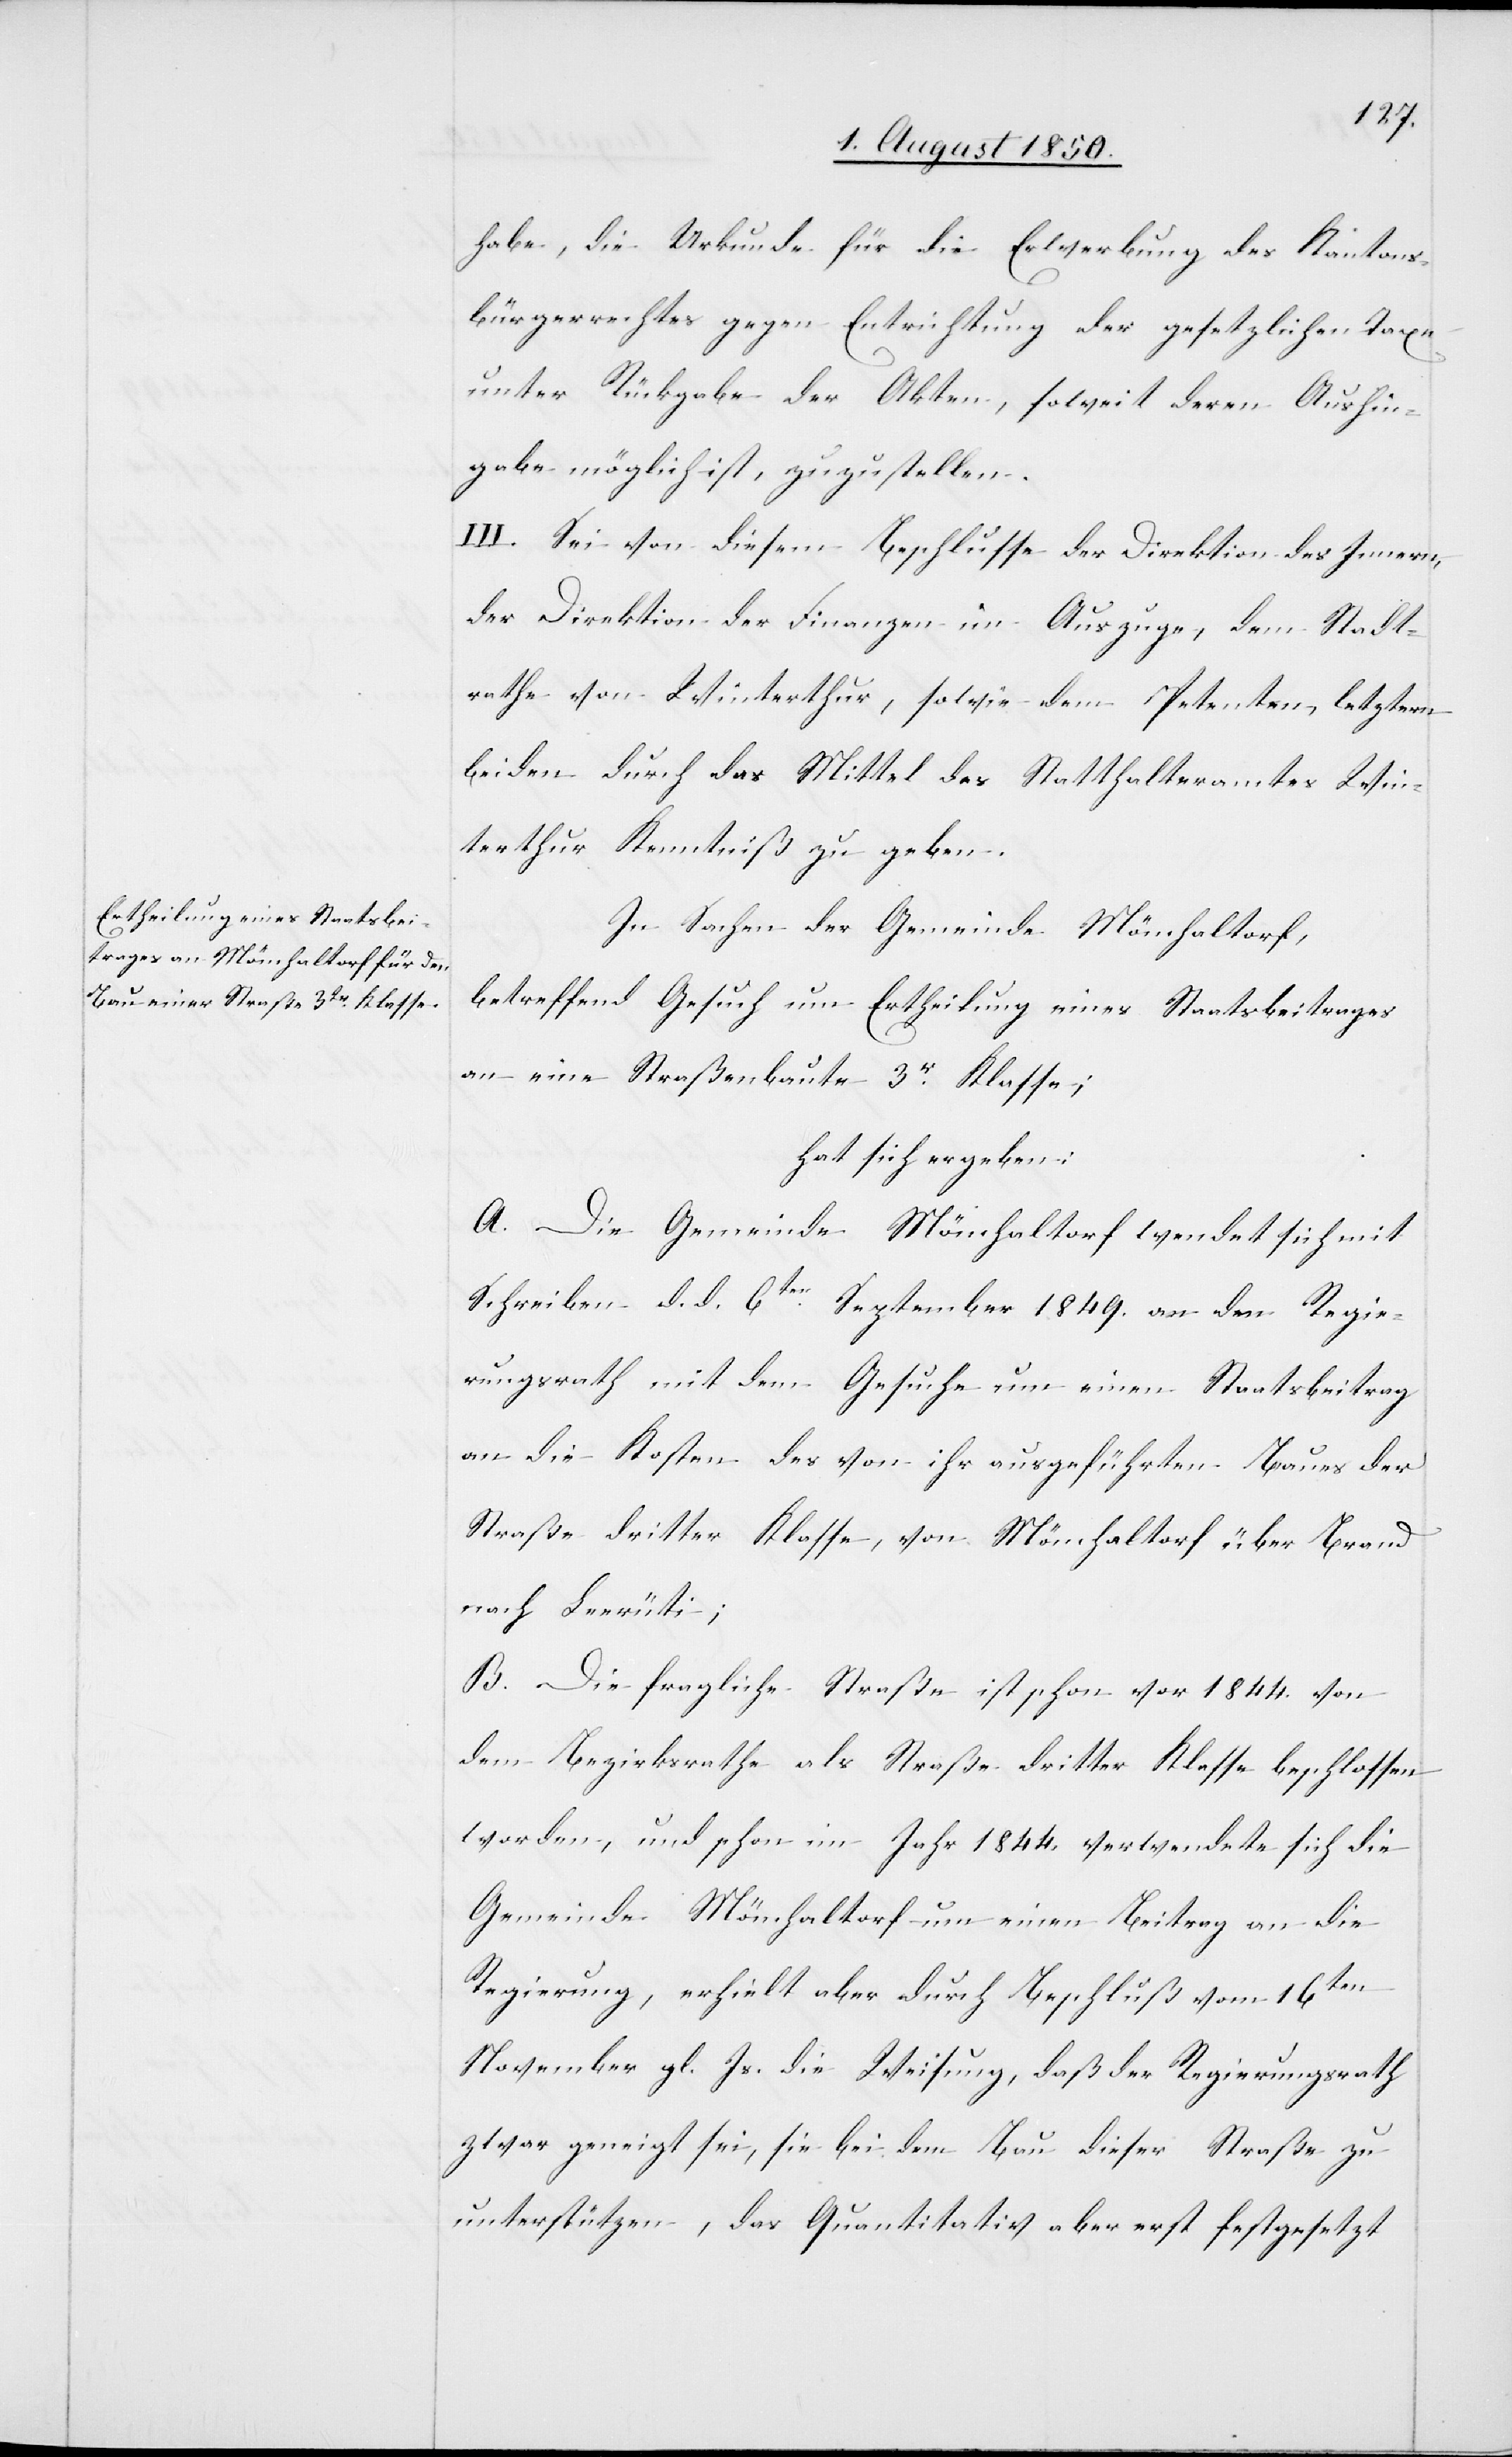
habe, die Urkunde für die Erwerbung des Kantons¬
bürgerrechtes gegen Entrichtung der gesetzlichen Taxe
unter Rückgabe der Akten, soweit deren Aushin¬
gabe möglich ist, zuzustellen.
III. Sei von diesem Beschlusse der Direktion des Innern,
der Direktion der Finanzen im Auszuge, dem Stadt¬
rathe von Winterthur, sowie dem Petenten, letztern
beiden durch das Mittel des Statthalteramtes Win¬
terthur Kenntniß zu geben.
In Sachen der Gemeinde Mönchaltorf,
betreffend Gesuch um Ertheilung eines Staatsbeitrages
an eine Straßenbaute 3r Klasse;
hat sich ergeben:
A. Die Gemeinde Mönchaltorf wendet sich mit
Schreiben d. d. 6ten September 1849. an den Regie¬
rungsrath mit dem Gesuche um einen Staatsbeitrag
an die Kosten des von ihr ausgeführten Baues der
Straße dritter Klasse, von Mönchaltorf über Brand
nach Leerüti;
B. Die fragliche Straße ist schon vor 1844. von
dem Bezirksrathe als Straße dritter Klasse beschlossen
worden, und schon im Jahr 1844. verwendete sich die
Gemeinde Mönchaltorf um einen Beitrag an die
Regierung, erhielt aber durch Beschluß vom 16ten
November gl. Js. die Weisung, daß der Regierungsrath
zwar geneigt sei, sie bei dem Bau dieser Straße zu
unterstützen, das Quantitativ aber erst festgesetzt